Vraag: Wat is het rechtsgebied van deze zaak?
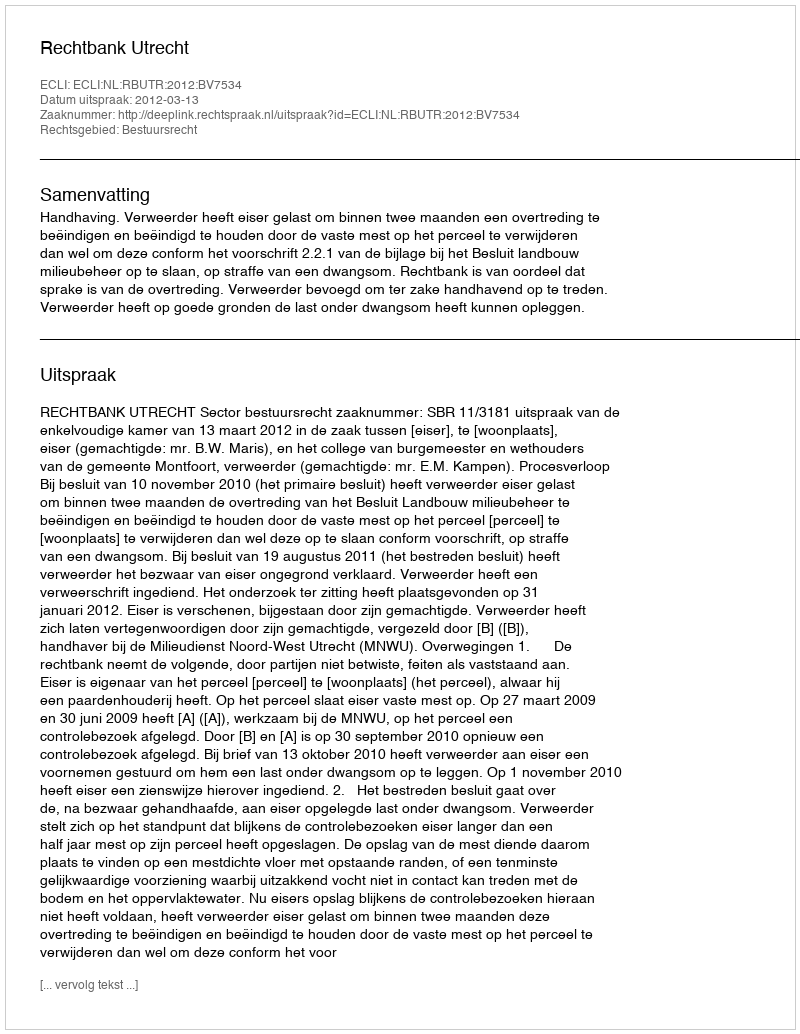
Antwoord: Bestuursrecht